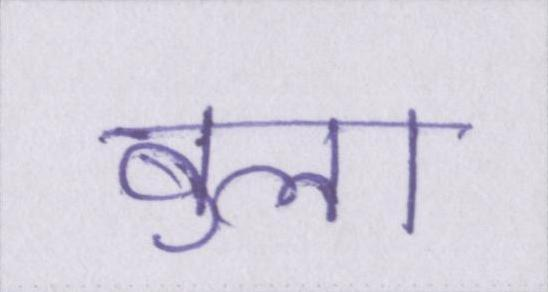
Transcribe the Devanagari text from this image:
बुला